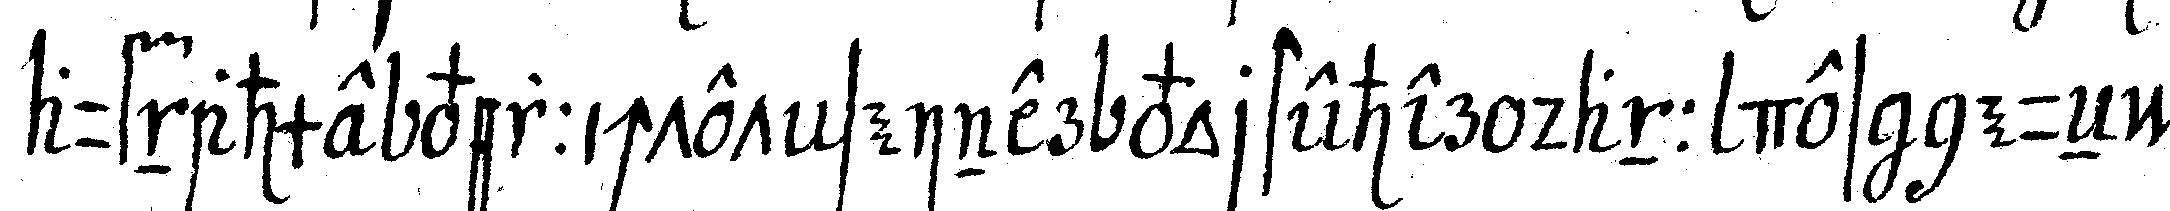
aufnahme verrichtet seiner vorsteher dann des neueN